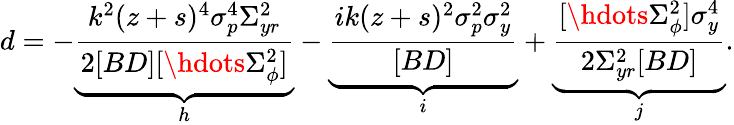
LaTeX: d=-\underbrace{\frac{k^{2}(z+s)^{4}\sigma_{p}^{4}\Sigma_{yr}^{2}}{2[BD][\hdots\Sigma_{\phi}^{2}]}}_{h}-\underbrace{\frac{ik(z+s)^{2}\sigma_{p}^{2}\sigma_{y}^{2}}{[BD]}}_{i}+\underbrace{\frac{[\hdots\Sigma_{\phi}^{2}]\sigma_{y}^{4}}{2\Sigma_{yr}^{2}[BD]}}_{j}.